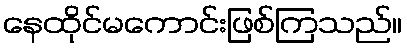
နေထိုင်မကောင်းဖြစ်ကြသည်။